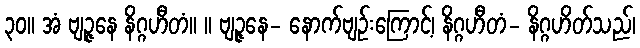
၃၀။ အံ ဗျဉ္ဇနေ နိဂ္ဂဟီတံ။ ။ ဗျဉ္ဇနေ- နောက်ဗျဉ်းကြောင့်၊ နိဂ္ဂဟီတံ- နိဂ္ဂဟိတ်သည်၊